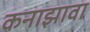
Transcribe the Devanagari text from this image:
कनाझावा